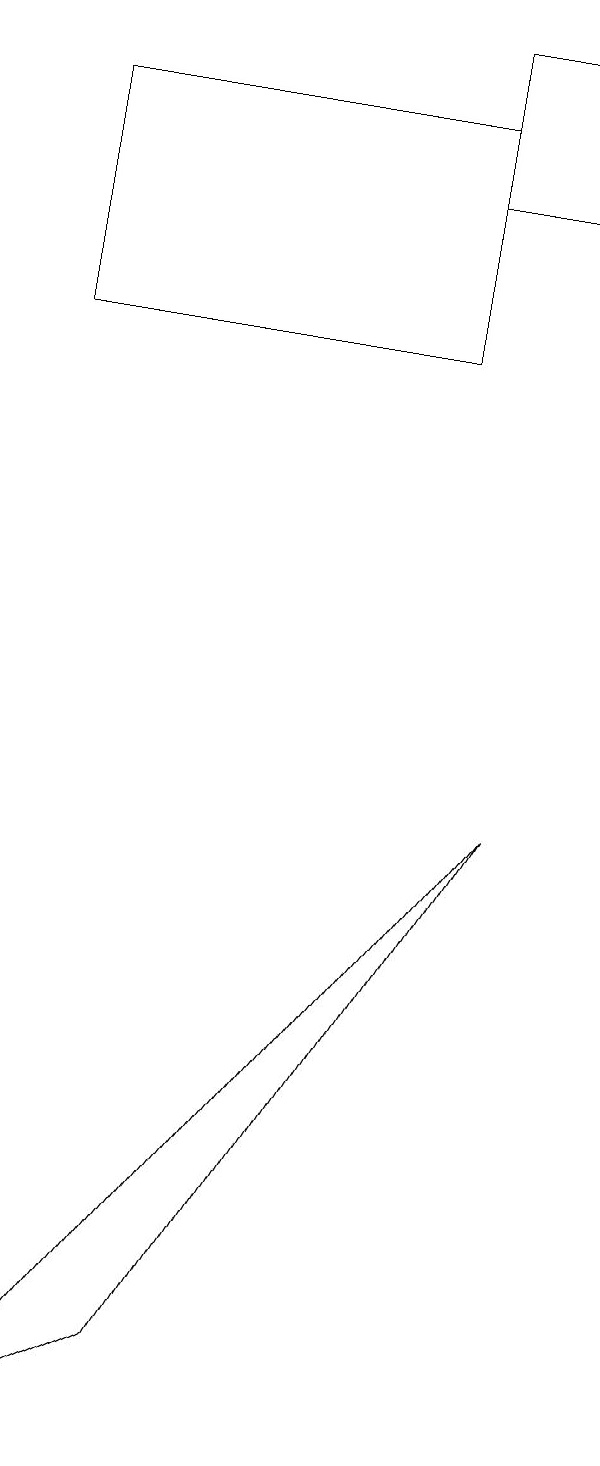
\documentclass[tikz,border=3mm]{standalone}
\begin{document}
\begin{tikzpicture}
\draw (1,17) rectangle (6,14);
\draw (3,1) -- (1,0) -- (7,8) -- cycle;
\draw (6,16) rectangle (8,18);
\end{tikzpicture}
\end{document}